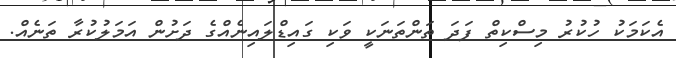
އެކަމަކު ހުކުރު މިސްކިތް ފަދަ ތަންތަނަކީ ވަކި ގައިޑްލައިނެއްގެ ދަށުން އަމަލުކުރާ ތަނެއް.